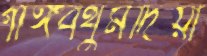
গাঙ্গবথুমদিয়া